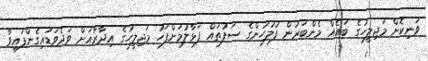
ވަނިކޮށް މަޖިލީހުގެ ބައެއް މެންބަރުން ފުލުހުންގެ ސަފުތައް ފަޅާލުމަށްފަހު މަޖިލީހުގެ އިދާރާއަށް ވަދެވަޑައިގެންފައިވާ